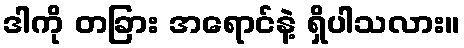
ဒါကို တခြား အရောင်နဲ့ ရှိပါသလား။